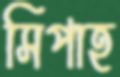
সিপাহ